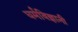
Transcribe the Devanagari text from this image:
धर्मविज्ञानी